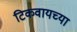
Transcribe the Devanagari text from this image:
टिकवायच्या